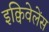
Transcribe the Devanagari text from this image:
इक्विवेलेंस